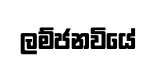
ලම්ජනවියේ